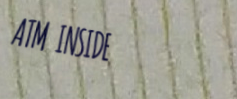
ATM INSIDE